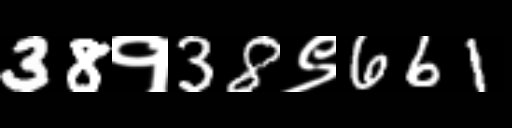
Text: 38१38९661